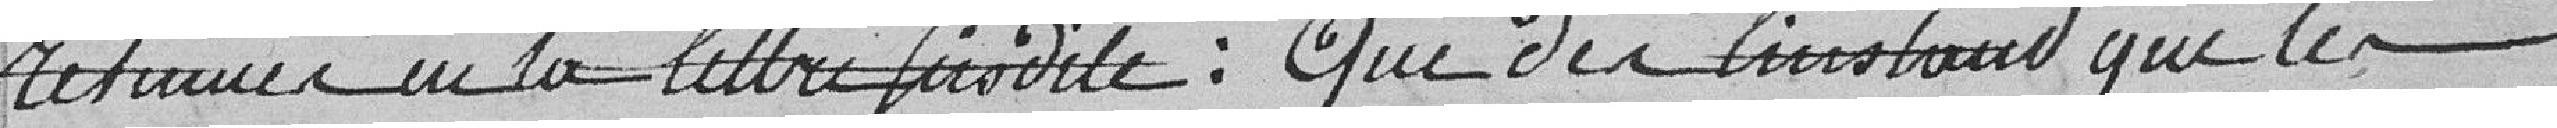
retenues en la lettre susdite : que dès l'instant que les